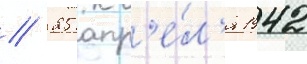
// 25 апр'е́л'я 1942